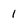
Character: 1